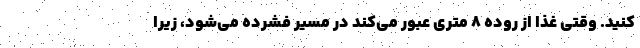
کنید. وقتی غذا از روده ۸ متری عبور می‌کند در مسیر فشرده می‌شود، زیرا